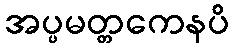
အပ္ပမတ္တကေနပိ